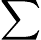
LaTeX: \sum